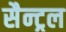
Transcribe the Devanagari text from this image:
सैन्ट्रल